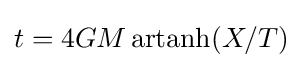
t=4GM\mathop {\mathrm {artanh} } (X/T)